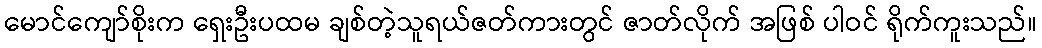
မောင်ကျော်စိုးက ရှေးဦးပထမ ချစ်တဲ့သူရယ်ဇတ်ကားတွင် ဇာတ်လိုက် အဖြစ် ပါဝင် ရိုက်ကူးသည်။